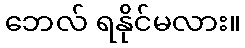
ဘေလ် ရနိုင်မလား။